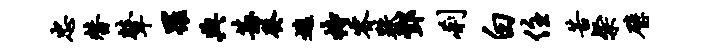
忠替鼙罹典甚癸逃持睿跌酆刹白住苦粲璧